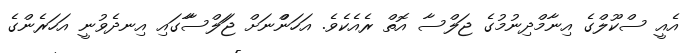
އެއީ ސްކޫލްގެ އިނާމްދިނުމުގެ ޖަލްސާ އޮތް ރެއެކެވެ. އަހަންްްްްނަށް ޖަަލްސާާާާާާގައި އިނދެވުނީ އަހަަަަަރެންގެެ